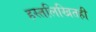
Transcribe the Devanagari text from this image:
हस्तलिखितही